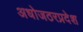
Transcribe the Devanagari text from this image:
अधोजठरप्रदेश